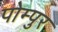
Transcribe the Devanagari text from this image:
पोम्पुर